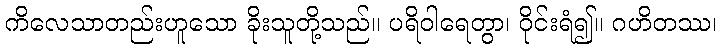
ကိလေသာတည်းဟူသော ခိုးသူတို့သည်။ ပရိဝါရေတွာ၊ ဝိုင်းရံ၍။ ဂဟိတဿ၊